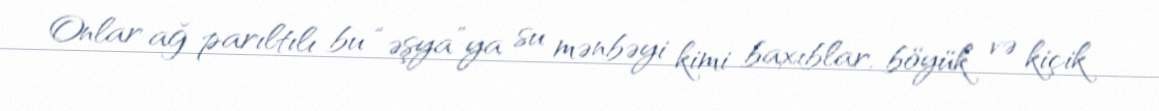
Onlar ağ parıltılı bu “əşya”ya su mənbəyi kimi baxıblar, böyük və kiçik